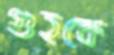
গুহকে